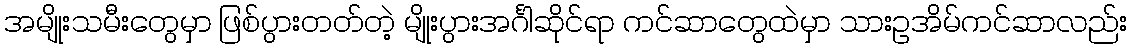
အမျိုးသမီးတွေမှာ ဖြစ်ပွားတတ်တဲ့ မျိုးပွားအင်္ဂါဆိုင်ရာ ကင်ဆာတွေထဲမှာ သားဥအိမ်ကင်ဆာလည်း